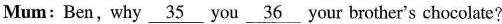
Mum: Ben, why \underline{35} you \underline{36} your brother's chocolate?